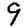
Digit: 9